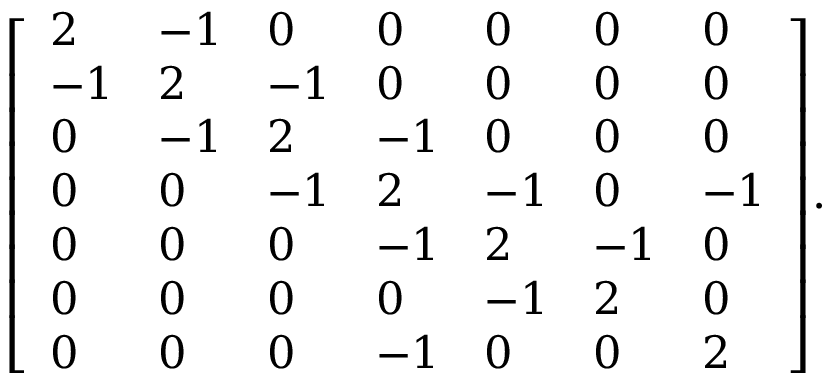
{ \left[ \begin{array} { l l l l l l l } { 2 } & { - 1 } & { 0 } & { 0 } & { 0 } & { 0 } & { 0 } \\ { - 1 } & { 2 } & { - 1 } & { 0 } & { 0 } & { 0 } & { 0 } \\ { 0 } & { - 1 } & { 2 } & { - 1 } & { 0 } & { 0 } & { 0 } \\ { 0 } & { 0 } & { - 1 } & { 2 } & { - 1 } & { 0 } & { - 1 } \\ { 0 } & { 0 } & { 0 } & { - 1 } & { 2 } & { - 1 } & { 0 } \\ { 0 } & { 0 } & { 0 } & { 0 } & { - 1 } & { 2 } & { 0 } \\ { 0 } & { 0 } & { 0 } & { - 1 } & { 0 } & { 0 } & { 2 } \end{array} \right] } .